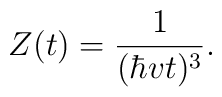
Z(t) = {1\over (\hbar v t)^3}.